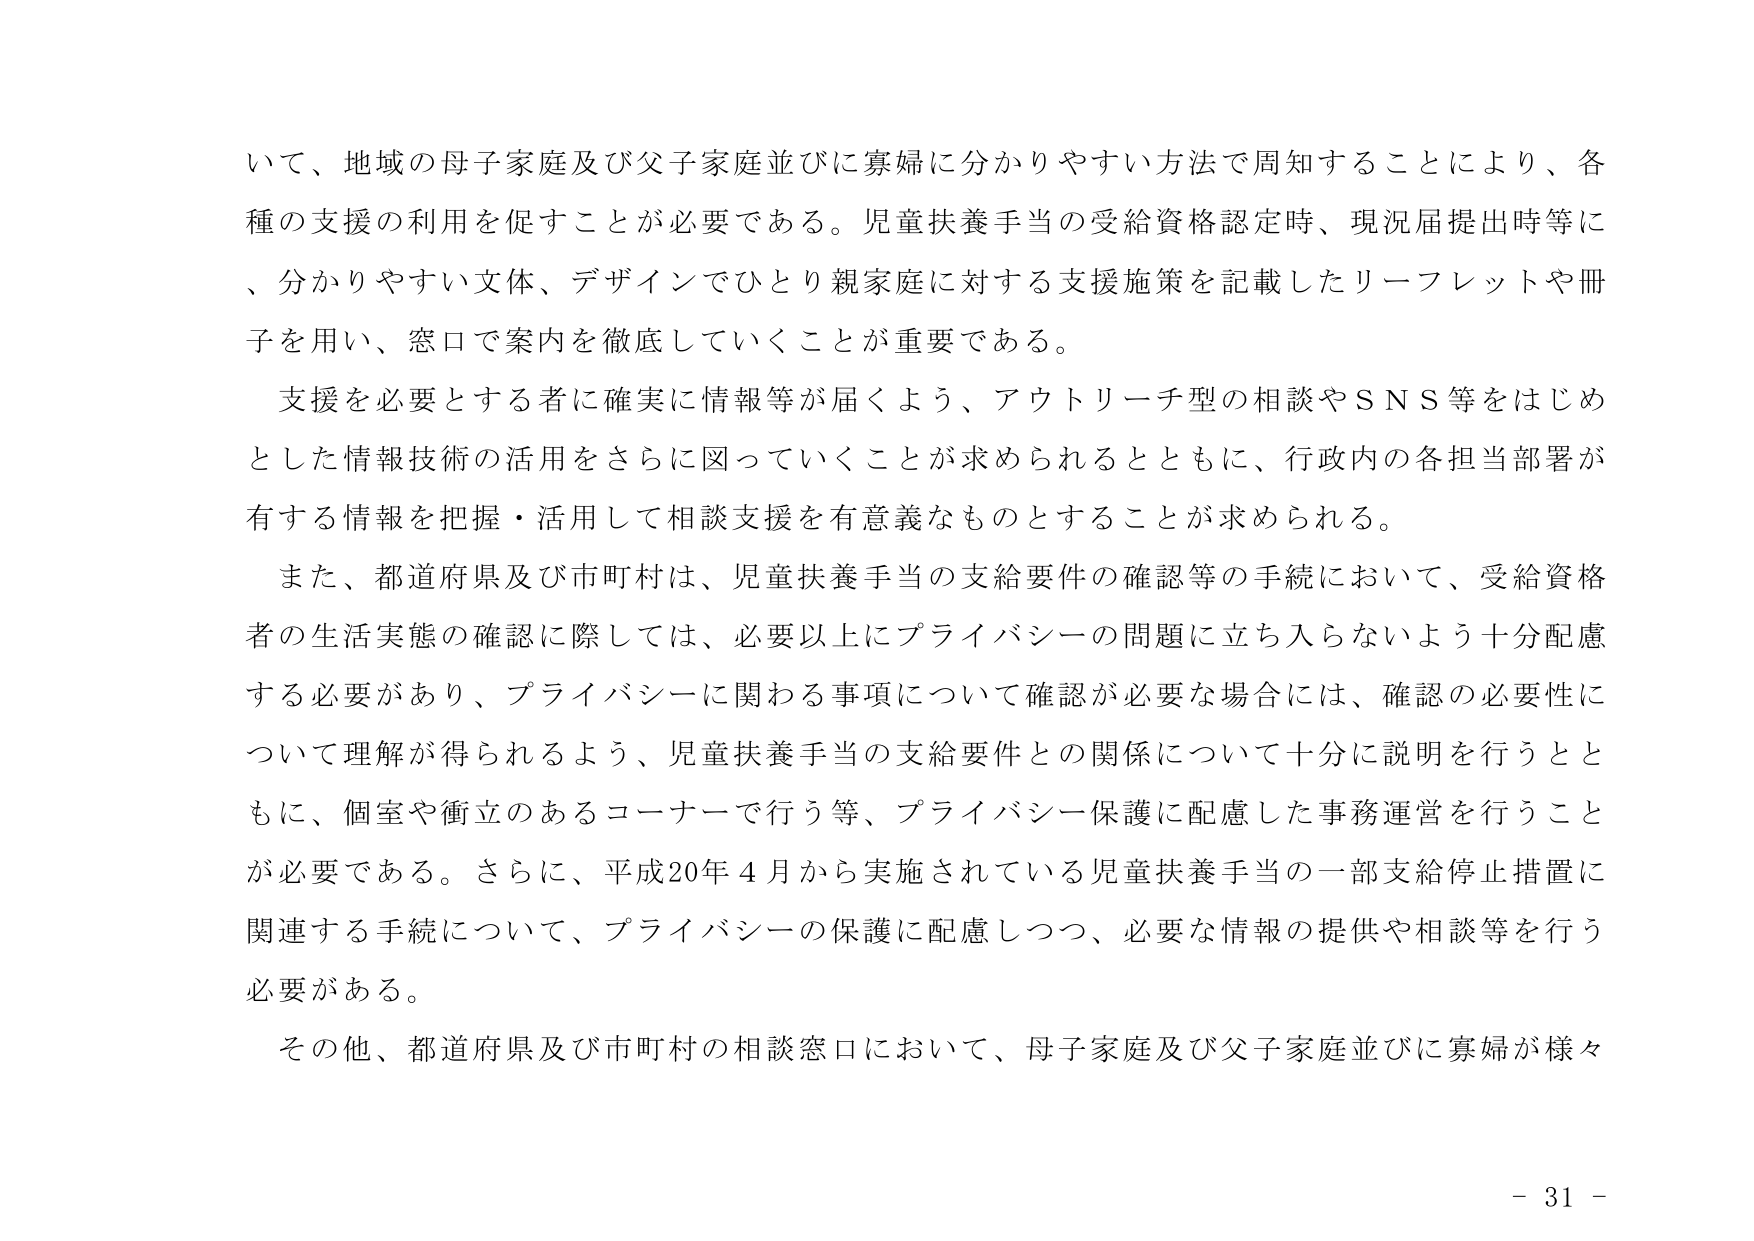
いて、地域の母子家庭及び父子家庭並びに寡婦に分かりやすい方法で周知することにより、各種の支援の利用を促すことが必要である。児童扶養手当の受給資格認定時、現況届提出時等に、分かりやすい文体、デザインでひとり親家庭に対する支援施策を記載したリーフレットや冊子を用い、窓口で案内を徹底していくことが重要である。

支援を必要とする者に確実に情報等が届くよう、アウトリーチ型の相談やＳＮＳ等をはじめとした情報技術の活用をさらに図っていくことが求められるとともに、行政内の各担当部署が有する情報を把握・活用して相談支援を有意義なものとすることが求められる。

また、都道府県及び市町村は、児童扶養手当の支給要件の確認等の手続において、受給資格者の生活実態の確認に際しては、必要以上にプライバシーの問題に立ち入らないよう十分配慮する必要があり、プライバシーに関わる事項について確認が必要な場合には、確認の必要性について理解が得られるよう、児童扶養手当の支給要件との関係について十分に説明を行うとともに、個室や衝立のあるコーナーで行う等、プライバシー保護に配慮した事務運営を行うことが必要である。さらに、平成20年４月から実施されている児童扶養手当の一部支給停止措置に関連する手続について、プライバシーの保護に配慮しつつ、必要な情報の提供や相談等を行う必要がある。

その他、都道府県及び市町村の相談窓口において、母子家庭及び父子家庭並びに寡婦が様々

- 31 -